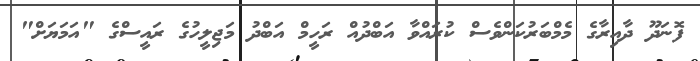
ފޮނަދޫ ދާއިރާގެ މެމްބަރުކަންވެސް ކުރައްވާ އަބްދުއް ރަހީމް އަބްދު މަޖިލީހުގެ ރައީސްގެ "އަމަޔަށް"